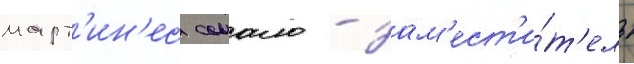
март'ин'ес сомало - зам'ест'и́т'ель